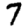
Digit: 7